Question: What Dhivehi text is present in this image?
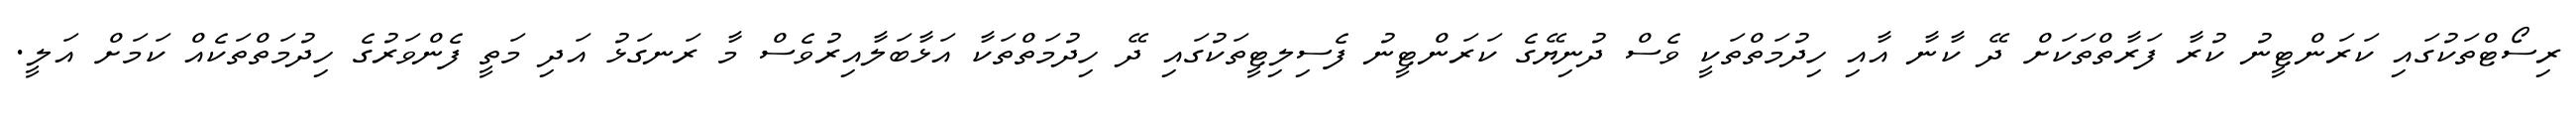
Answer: ރިސޯޓްތަކުގައި ކަރަންޓީނު ކުރާ ފަރާތްތަކަށް ދޭ ކާނާ އާއި ހިދުމަތްތަކީ ވެސް ދުނިޔޭގެ ކަރަންޓީނު ފެސިލިޓީތަކުގައި ދޭ ހިދުމަތްތަކާ އަޅާބަލާއިރުވެސް މާ ރަނގަޅު އަދި މަތީ ފެންވަރުގެ ހިދުމަތްތަކެއް ކަމަށް އަލީ.